Annual report of the Punjab Veterinary College and of the Civil Veterinary Department, Punjab - 1926-1932
Year: 1926
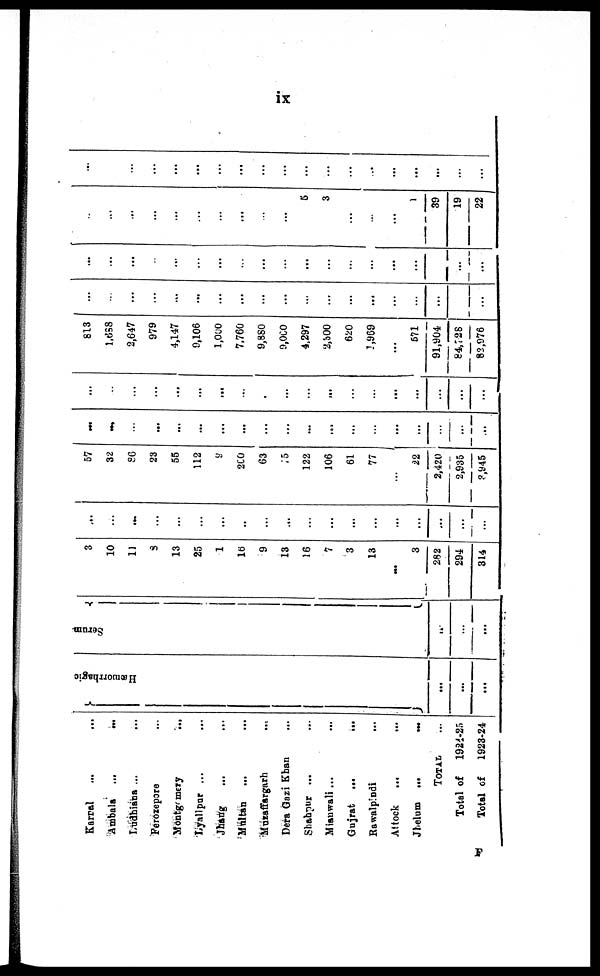
ix
Karnal ... ...
Ambala
...
...
Ludhiana ... ...
Feroxepore ...
Montgomery
...
Lyallpur ... ...
Jhang ... ...
Multan
... ...
Muzaffargarh ...
Dera Gazi Khan ...
Shabpur ... ...
Mianwall... ...
Gujrat
...
...
Rawalpindi
...
Attack
...
...
Jhelum ...
...
TOTAL ...
Total of
1924-25
Total of
1923-24
Hæmorrhagic
...
...
...
Serum
...
...
...
3
10
11
3
13
25
1
16
9
18
16
7
3
18
...
8
282
294
814
...
...
...
...
...
...
...
...
...
...
...
...
...
...
...
...
...
...
...
57
32
86
23
55
112
9
2C0
63
15
122
106
61
77
...
22
2,420
2,935
8,945
...
...
...
...
...
...
...
...
...
...
...
...
...
...
...
...
...
...
...
...
...
...
...
...
...
...
...
...
...
...
...
...
...
...
...
...
...
...
813
1,638
2,647
979
4,147
9,106
1,000
7,760
9,880
9,000
4.297
2,300
620
1,969
...
671
91,904
84,728
82,976
...
...
...
...
...
...
...
...
...
...
...
...
...
...
...
...
...
...
...
...
...
...
...
...
...
...
...
...
...
...
...
...
...
...
...
...
...
...
...
...
...
...
...
...
...
...
...
...
5
3
...
...
...
1
39
19
22
...
...
...
...
...
...
...
...
...
...
...
...
...
...
...
...
...
...
F